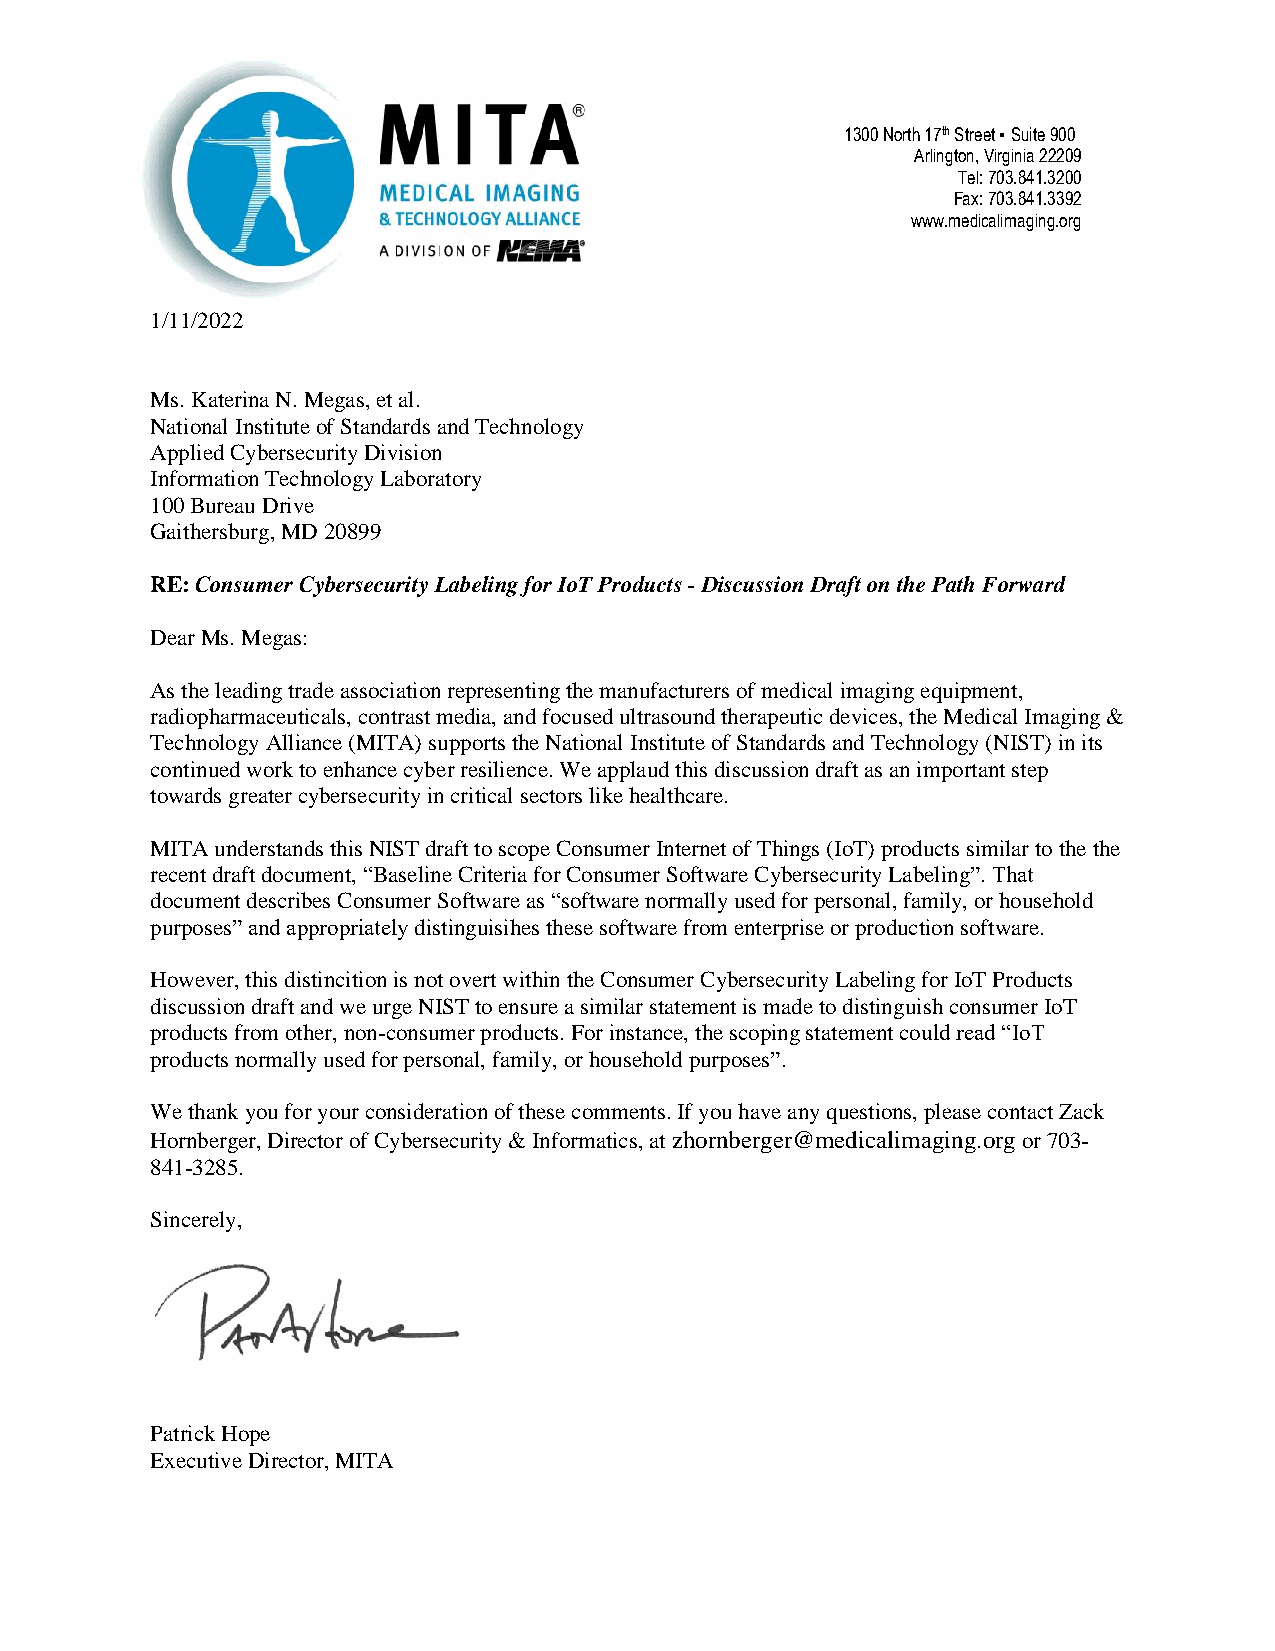
1300 North 17th Street ▪ Suite 900
 Arlington, Virginia 22209
 Tel: 703.841.3200
 Fax: 703.841.3392
 www.medicalimaging.org
 1/11/2022
 Ms. Katerina N. Megas, et al.
 National Institute of Standards and Technology
 Applied Cybersecurity Division
 Information Technology Laboratory
 100 Bureau Drive
 Gaithersburg, MD 20899
 RE: Consumer Cybersecurity Labeling for IoT Products - Discussion Draft on the Path Forward
 Dear Ms. Megas:
 As the leading trade association representing the manufacturers of medical imaging equipment,
 radiopharmaceuticals, contrast media, and focused ultrasound therapeutic devices, the Medical Imaging &
 Technology Alliance (MITA) supports the National Institute of Standards and Technology (NIST) in its
 continued work to enhance cyber resilience. We applaud this discussion draft as an important step
 towards greater cybersecurity in critical sectors like healthcare.
 MITA understands this NIST draft to scope Consumer Internet of Things (IoT) products similar to the the
 recent draft document, “Baseline Criteria for Consumer Software Cybersecurity Labeling”. That
 document describes Consumer Software as “software normally used for personal, family, or household
 purposes” and appropriately distinguisihes these software from enterprise or production software.
 However, this distincition is not overt within the Consumer Cybersecurity Labeling for IoT Products
 discussion draft and we urge NIST to ensure a similar statement is made to distinguish consumer IoT
 products from other, non-consumer products. For instance, the scoping statement could read “IoT
 products normally used for personal, family, or household purposes”.
 We thank you for your consideration of these comments. If you have any questions, please contact Zack
 Hornberger, Director of Cybersecurity & Informatics, at zhornberger@medicalimaging.org or 703-
 841-3285.
 Sincerely,
 Patrick Hope
 Executive Director, MITA